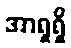
အာရှရှိ